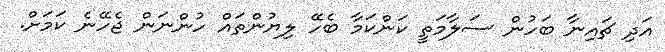
އަދި ޗައިނާ ބަހުން ސަލާމަތީ ކަންކަމާ ބެހޭ ލިޔުންތައް ހުންނަން ޖެހޭނެ ކަމަށް.